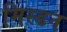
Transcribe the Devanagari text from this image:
मिस्डन